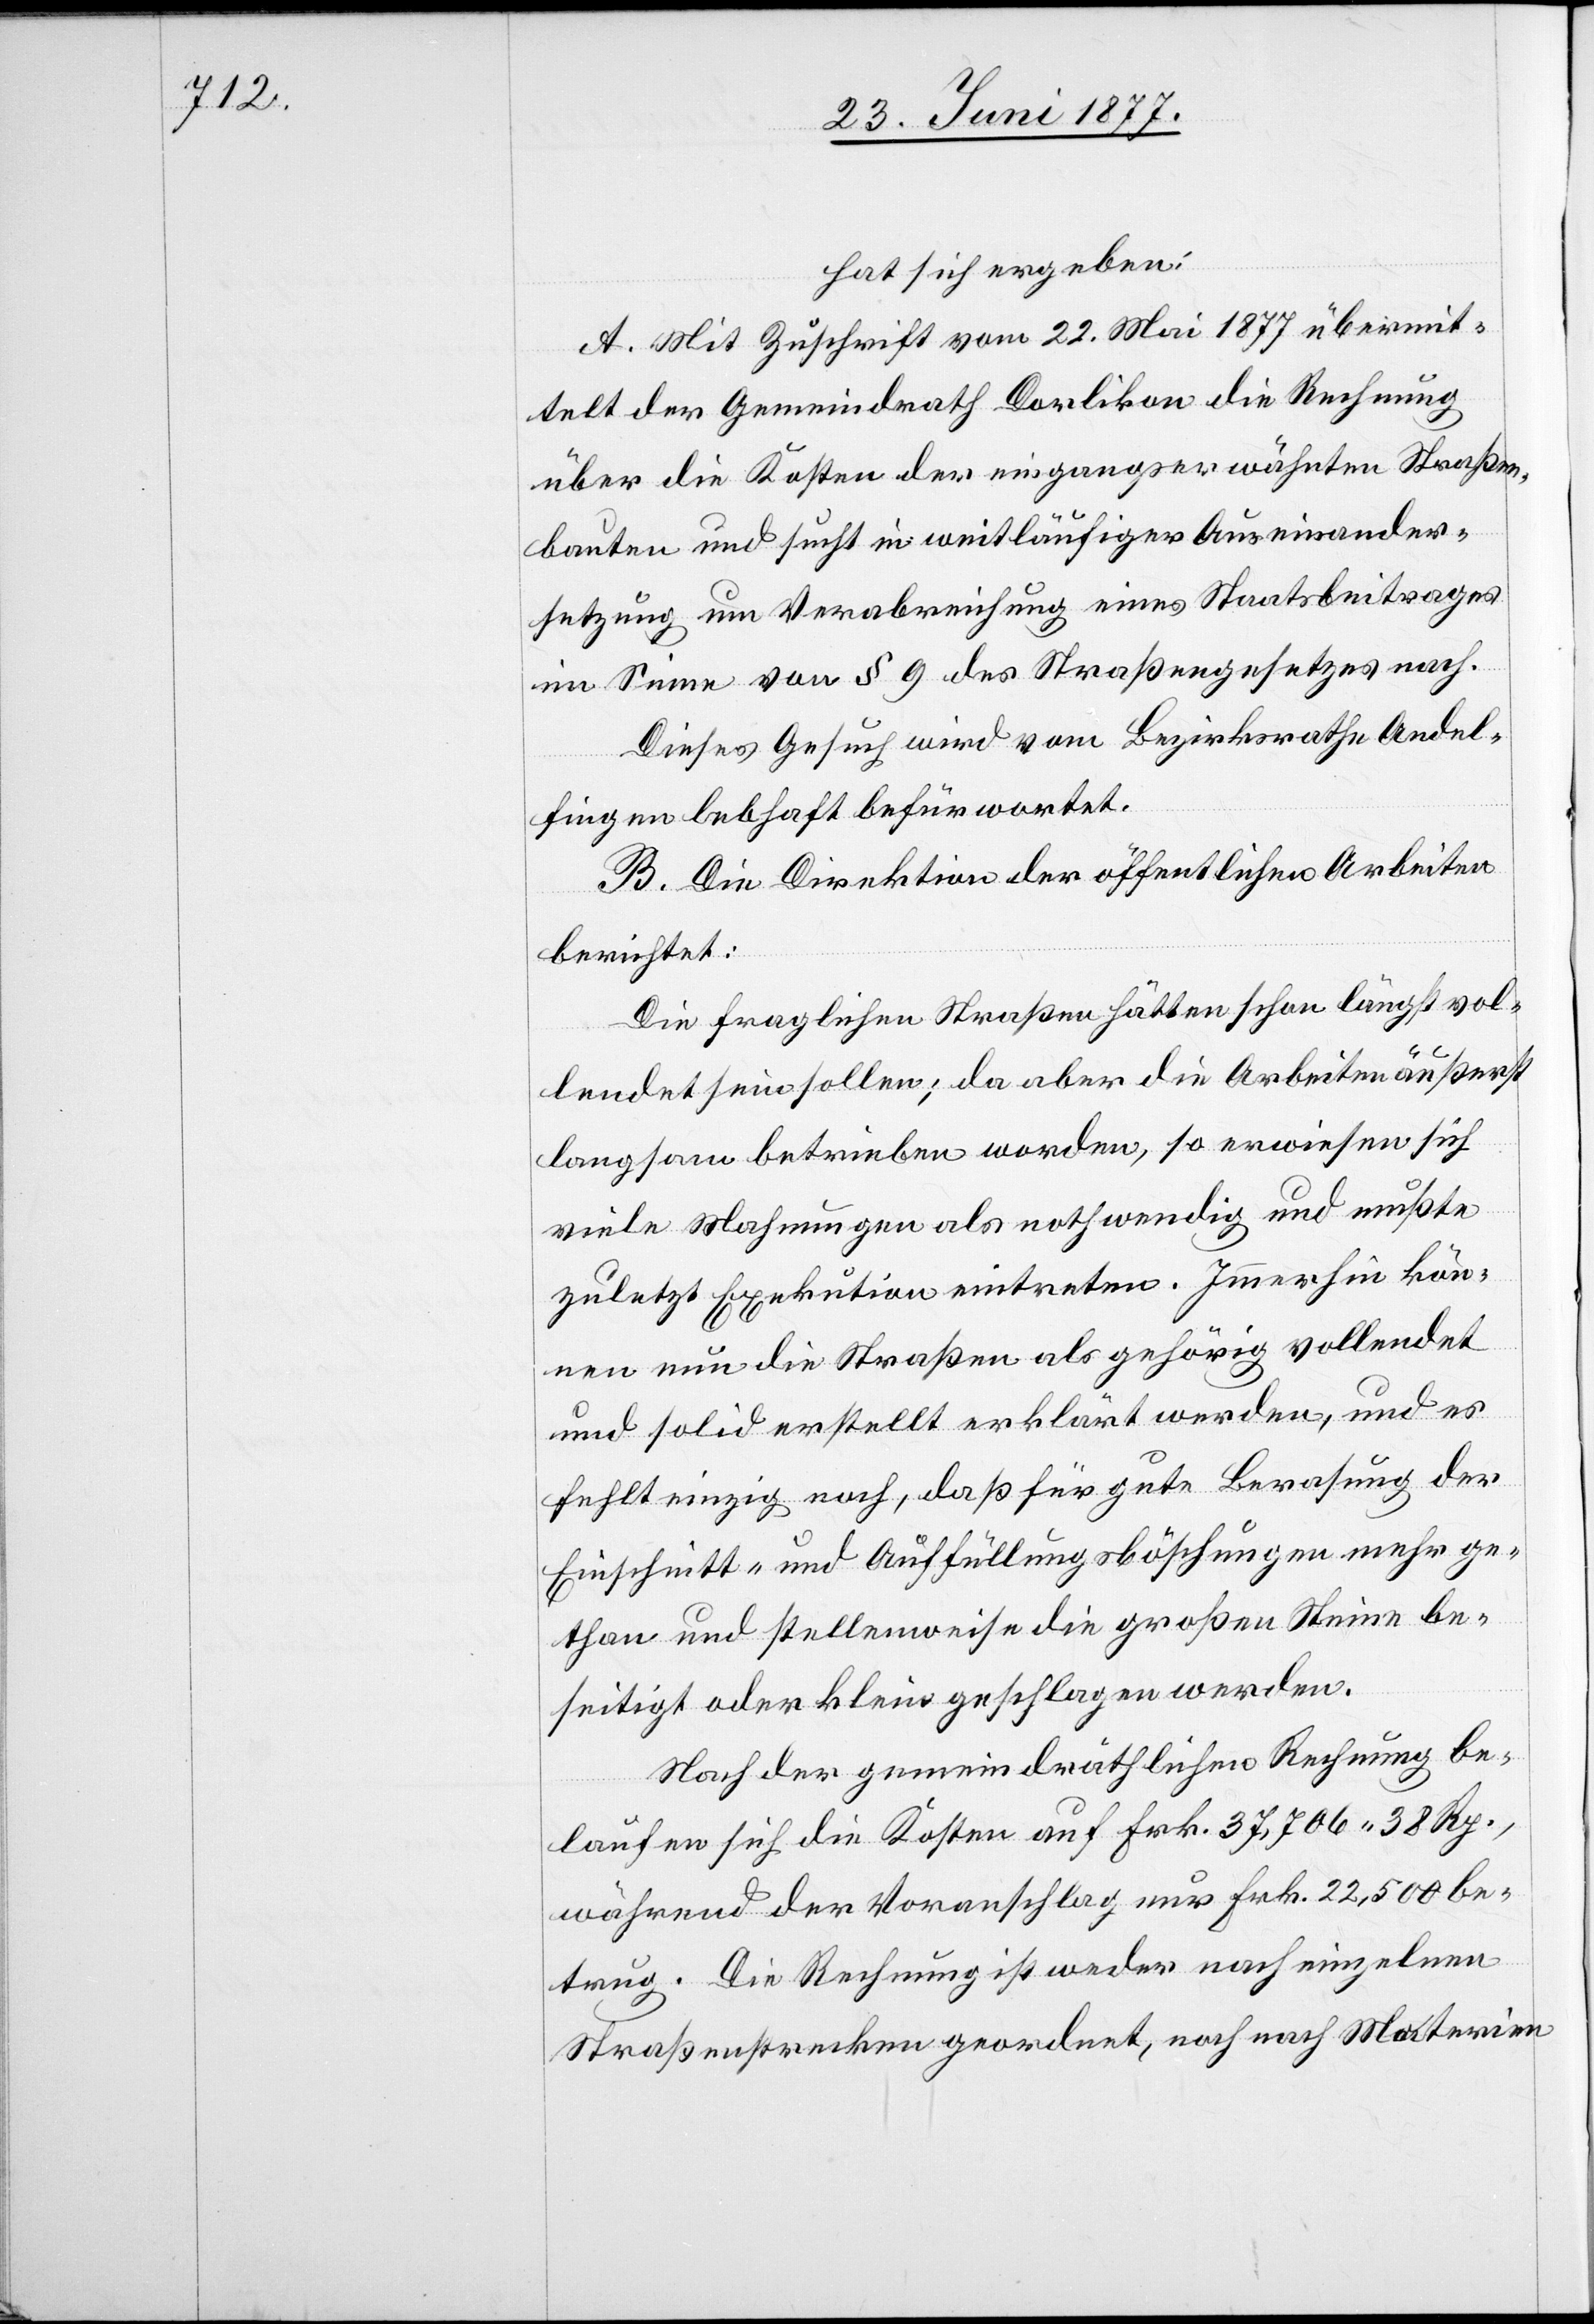
hat sich ergeben:
A. Mit Zuschrift vom 22. Mai 1877 übermit¬
telt der Gemeindrath Dorlikon die Rechnung
über die Kosten der eingangserwähnten Straßen¬
bauten und sucht in weitläufiger Auseinander¬
setzung um Verabreichung eines Staatsbeitrages
im Sinne von § 9 des Straßengesetzes nach.
B. Die Direktion der öffentlichen Arbeiten
berichtet:
Die fraglichen Straßen hätten schon längst vol¬
lendet sein sollen; da aber die Arbeiten äußerst
langsam betrieben wurden, so erwiesen sich
viele Mahnungen als nothwendig und mußte
zuletzt Exekution eintreten. Immerhin kön¬
nen nun die Straßen als gehörig vollendet
und solid erstellt erklärt werden, und es
fehlt einzig noch, daß für gute Berasung der
Einschnitt- und Auffüllungsböschungen mehr ge¬
than und stellenweise die großen Steine be¬
seitigt oder klein geschlagen werden.
Nach der gemeindräthlichen Rechnung be¬
laufen sich die Kosten auf Frk. 37,706 38 Rp.,
während der Voranschlag nur Frk. 22,500 be¬
trug. Die Rechnung ist weder nach einzelnen
Straßenstrecken geordnet, noch nach Materien